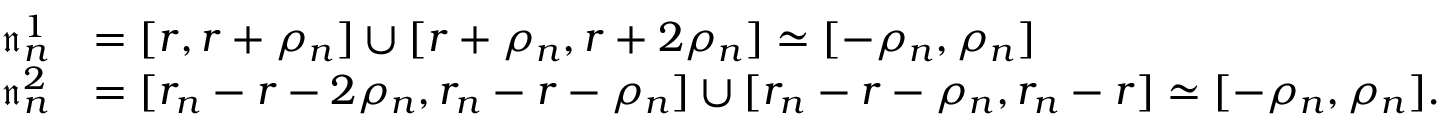
\begin{array} { r l } { \mathfrak { n } _ { n } ^ { 1 } } & { = [ r , r + \rho _ { n } ] \cup [ r + \rho _ { n } , r + 2 \rho _ { n } ] \simeq [ - \rho _ { n } , \rho _ { n } ] } \\ { \mathfrak { n } _ { n } ^ { 2 } } & { = [ r _ { n } - r - 2 \rho _ { n } , r _ { n } - r - \rho _ { n } ] \cup [ r _ { n } - r - \rho _ { n } , r _ { n } - r ] \simeq [ - \rho _ { n } , \rho _ { n } ] . } \end{array}